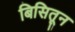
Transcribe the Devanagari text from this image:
बिसितून